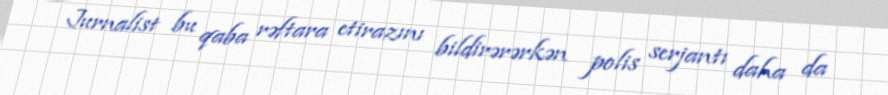
Jurnalist bu qaba rəftara etirazını bildirərərkən polis serjantı daha da